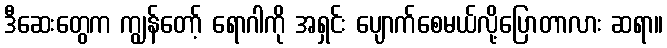
ဒီဆေးတွေက ကျွန်တော့် ရောဂါကို အရှင်း ပျောက်စေမယ်လို့ပြောတာလား ဆရာ။